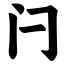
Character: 闩